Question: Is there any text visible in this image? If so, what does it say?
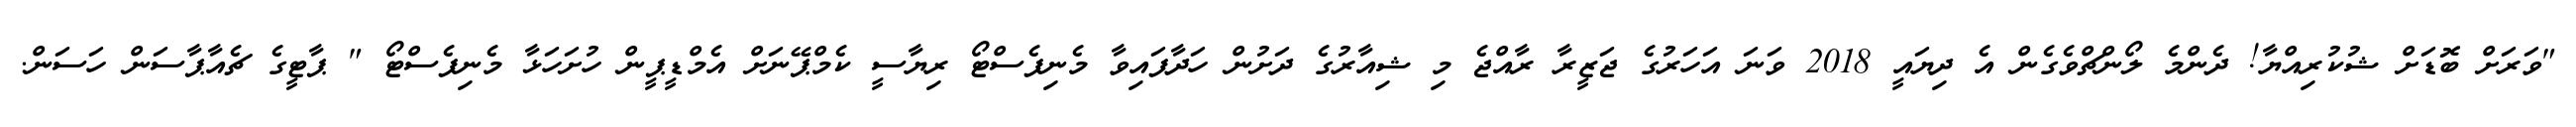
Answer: "ވަރަށް ބޮޑަށް ޝުކުރިއްޔާ! ދެންމެ ލޯންޗްވެގެން އެ ދިޔައީ 2018 ވަނަ އަހަރުގެ ޖަޒީރާ ރާއްޖެ މި ޝިއާރުގެ ދަށުން ހަދާފައިވާ މެނިފެސްޓޯ ރިޔާސީ ކެމްޕޭނަށް އެމްޑީޕީން ހުށަހަޅާ މެނިފެސްޓޯ " ޕާޓީގެ ޗެއާޕާސަން ހަސަން.